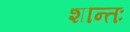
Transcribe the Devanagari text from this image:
शान्तः